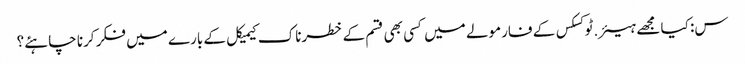
س: کیا مجھے ہیئر.ٹوکسکس کے فارمولے میں کسی بھی قسم کے خطرناک کیمیکل کے بارے میں فکر کرنا چاہئے؟